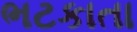
ભટકાતા